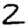
Digit: 2